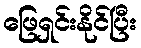
ဖြေရှင်းနိုင်ပြီး